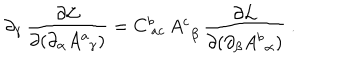
LaTeX: \partial _ { \gamma } \, { \frac { \partial { \cal L } } { \partial ( \partial _ { \alpha } A _ { \, \ \gamma } ^ { a } ) } } = C _ { \ a c } ^ { b } \, A _ { \, \ \beta } ^ { c } \, { \frac { \partial { \cal L } } { \partial ( \partial _ { \beta } A _ { \, \ \alpha } ^ { b } ) } } \ .